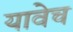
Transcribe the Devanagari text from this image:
यावेच